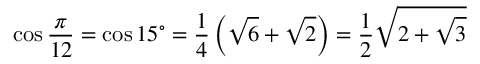
\cos { \frac { \pi } { 1 2 } } = \cos 1 5 ^ { \circ } = { \frac { 1 } { 4 } } \left( { \sqrt { 6 } } + { \sqrt { 2 } } \right) = { \frac { 1 } { 2 } } { \sqrt { 2 + { \sqrt { 3 } } } }